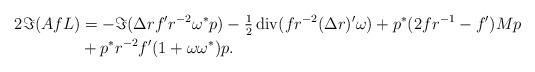
LaTeX: \begin{align*}2\Im(AfL) &= - \Im(\Delta r f' r^{-2} \omega^* p) - \tfrac{1}{2}\operatorname{div}(f r^{-2}(\Delta r)' \omega) + p^* (2f r^{-1}-f') M p\\&+ p^* r^{-2} f' (1+\omega\omega^*) p.\end{align*}